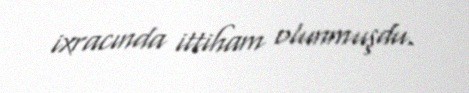
ixracında ittiham olunmuşdu.